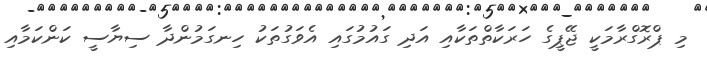
މި ޕްރޮގްރާމަކީ ޖޭޕީގެ ހަރަކާތްތަކާއި އަދި ގައުމުގައި އެވަގުތަކު ހިނގަމުންދާ ސިޔާސީ ކަންކަމާއި